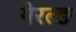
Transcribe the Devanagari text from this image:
गेरल्ङ